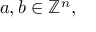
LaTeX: a , b \in \mathbb { Z } ^ { n } ,